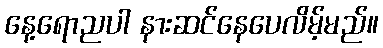
နေ့ရောညပါ နားဆင်နေပေလိမ့်မည်။